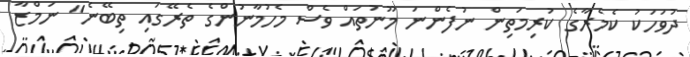
ދުވަހަކު ކެމެރާގެ ކުރިމަތިން ނުފެންނަ މޫނުތައް ވެސް މެހުމާނުންގެ ތެރޭގައި ތިބޭނެ" ނަމްޒާ